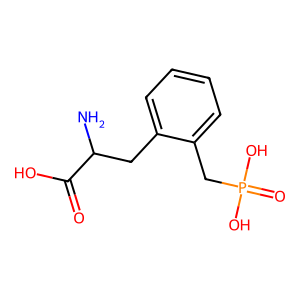
SMILES: NC(Cc1ccccc1CP(=O)(O)O)C(=O)O
Inhibits HIV replication: No